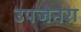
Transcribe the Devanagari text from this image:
उपजेनरा